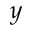
y